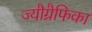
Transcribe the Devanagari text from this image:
ज्यौग्रैफिका